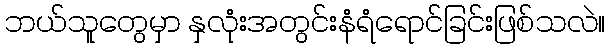
ဘယ်သူတွေမှာ နှလုံးအတွင်းနံရံရောင်ခြင်းဖြစ်သလဲ။